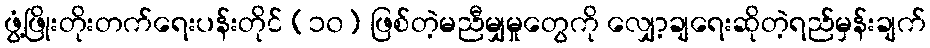
ဖွံ့ဖြိုးတိုးတက်ရေးပန်းတိုင် (၁၀) ဖြစ်တဲ့မညီမျှမှုတွေကို လျှော့ချရေးဆိုတဲ့ရည်မှန်းချက်